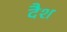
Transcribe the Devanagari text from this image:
दैश